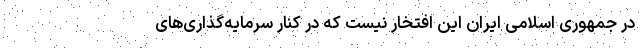
در جمهوری اسلامی ایران این افتخار نیست که در کنار سرمایه‌گذاری‌های